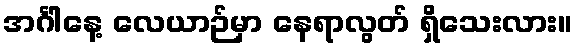
အင်္ဂါနေ့ လေယာဉ်မှာ နေရာလွတ် ရှိသေးလား။